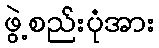
ဖွဲ့စည်းပုံအား